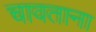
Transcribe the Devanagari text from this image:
चावताना